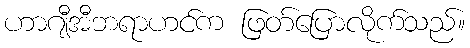
ဟာဂျီအီဘရာဟင်က ဖြတ်ပြောလိုက်သည်။